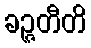
ခဉ္ဇတီတိ